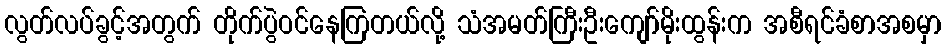
လွတ်လပ်ခွင့်အတွက် တိုက်ပွဲဝင်နေကြတယ်လို့ သံအမတ်ကြီးဦးကျော်မိုးထွန်းက အစီရင်ခံစာအစမှာ